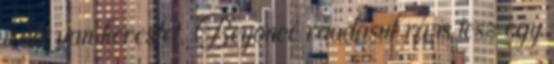
iránt van kereslet. Beyoncé ráadásul rá is tesz egy